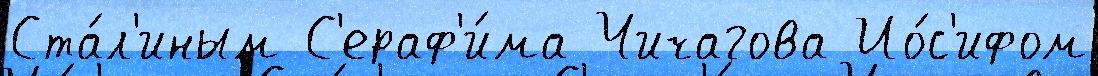
Ста́л'иным С'ераф'и́ма Чичагова Ио́с'ифом